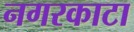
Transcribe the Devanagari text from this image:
नगरकाटा